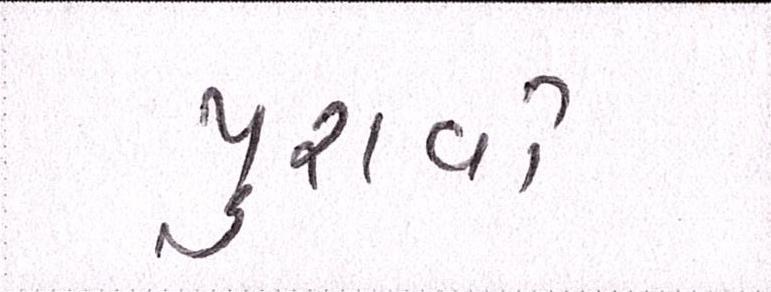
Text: પુરાવો